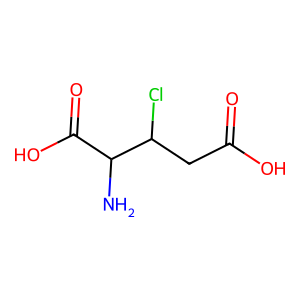
SMILES: NC(C(=O)O)C(Cl)CC(=O)O
Inhibits HIV replication: No